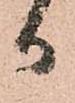
御